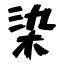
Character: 染